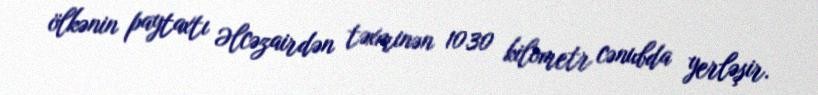
ölkənin paytaxtı Əlcəzairdən təxminən 1030 kilometr cənubda yerləşir.